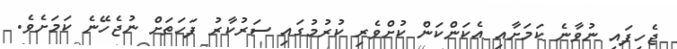
ޖެހިފައި ނުވާނެ ކަމަށާއި އެކަންކަން ކުށްވެރި ކުރުމުގައި ސަރުކާރު ފަހަތަށް ނުޖެހޭނެ ކަމަށެވެ.